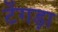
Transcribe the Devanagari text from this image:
टेंगड़ा